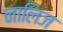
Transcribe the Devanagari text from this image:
नालिज